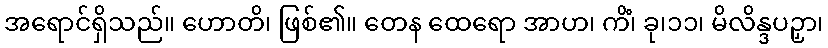
အရောင်ရှိသည်။ ဟောတိ၊ ဖြစ်၏။ တေန ထေရော အာဟ၊ ကိံ၊ ခု၊၁၁၊ မိလိန္ဒပဉှာ၊